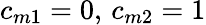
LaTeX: c_{m1}=0,\, c_{m2}=1